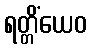
ရတ္တိံယေဝ